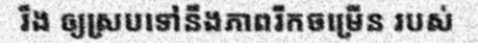
រឹង ឲ្យស្របទៅនឹងភាពរីកចម្រើន របស់